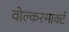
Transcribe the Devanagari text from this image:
वोल्करमार्क्ट